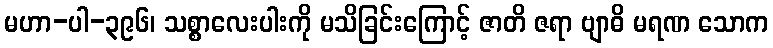
မဟာ-ပါ-၃၉၆၊ သစ္စာလေးပါးကို မသိခြင်းကြောင့် ဇာတိ ဇရာ ဗျာဓိ မရဏ သောက